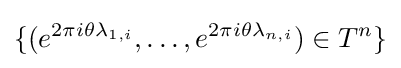
\{(e^{2\pi i\theta \lambda _{1,i}},\ldots ,e^{2\pi i\theta \lambda _{n,i}})\in T^{n}\}